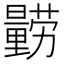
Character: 𲇃